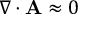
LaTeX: \nabla \cdot \mathbf { A } \approx 0